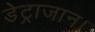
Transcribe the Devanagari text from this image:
डेट्राजान।